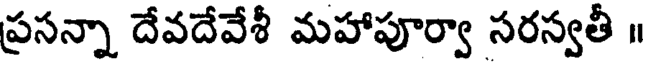
ప్రసన్నా దేవదేవేశీ మహాపూర్వా సరస్వతీ ॥